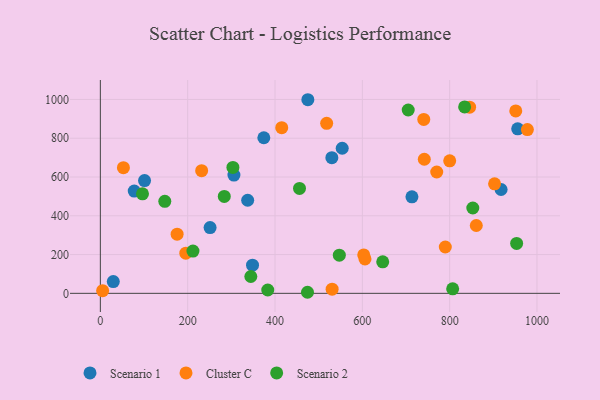
{"axis": {"x": "Engine Size", "y": "Salary"}, "legend": ["Cluster C", "Scenario 1", "Scenario 2"], "data": [{"x": "305.9", "y": 610.0, "type": "Scenario 1"}, {"x": "348.5", "y": 145.5, "type": "Scenario 1"}, {"x": "475.2", "y": 998.6, "type": "Scenario 1"}, {"x": "553.9", "y": 748.2, "type": "Scenario 1"}, {"x": "374.4", "y": 802.4, "type": "Scenario 1"}, {"x": "713.6", "y": 497.6, "type": "Scenario 1"}, {"x": "955.8", "y": 848.7, "type": "Scenario 1"}, {"x": "77.6", "y": 527.5, "type": "Scenario 1"}, {"x": "29.6", "y": 60.7, "type": "Scenario 1"}, {"x": "101.2", "y": 581.5, "type": "Scenario 1"}, {"x": "251.3", "y": 339.3, "type": "Scenario 1"}, {"x": "337.4", "y": 480.2, "type": "Scenario 1"}, {"x": "917.8", "y": 535.6, "type": "Scenario 1"}, {"x": "530.2", "y": 699.6, "type": "Scenario 1"}, {"x": "770.4", "y": 625.8, "type": "Cluster C"}, {"x": "606.1", "y": 177.6, "type": "Cluster C"}, {"x": "902.9", "y": 564.7, "type": "Cluster C"}, {"x": "530.8", "y": 21.5, "type": "Cluster C"}, {"x": "740.7", "y": 897.1, "type": "Cluster C"}, {"x": "5.2", "y": 13.7, "type": "Cluster C"}, {"x": "175.8", "y": 305.2, "type": "Cluster C"}, {"x": "232.0", "y": 632.5, "type": "Cluster C"}, {"x": "415.4", "y": 854.5, "type": "Cluster C"}, {"x": "861.0", "y": 350.0, "type": "Cluster C"}, {"x": "195.7", "y": 207.0, "type": "Cluster C"}, {"x": "790.0", "y": 238.9, "type": "Cluster C"}, {"x": "845.7", "y": 960.1, "type": "Cluster C"}, {"x": "800.1", "y": 683.4, "type": "Cluster C"}, {"x": "951.4", "y": 940.7, "type": "Cluster C"}, {"x": "52.8", "y": 648.2, "type": "Cluster C"}, {"x": "741.9", "y": 691.7, "type": "Cluster C"}, {"x": "603.2", "y": 198.1, "type": "Cluster C"}, {"x": "518.3", "y": 876.8, "type": "Cluster C"}, {"x": "978.0", "y": 844.5, "type": "Cluster C"}, {"x": "705.1", "y": 945.7, "type": "Scenario 2"}, {"x": "344.6", "y": 86.8, "type": "Scenario 2"}, {"x": "456.1", "y": 540.9, "type": "Scenario 2"}, {"x": "212.1", "y": 218.2, "type": "Scenario 2"}, {"x": "474.4", "y": 5.5, "type": "Scenario 2"}, {"x": "147.6", "y": 474.5, "type": "Scenario 2"}, {"x": "646.7", "y": 162.7, "type": "Scenario 2"}, {"x": "853.0", "y": 440.2, "type": "Scenario 2"}, {"x": "96.5", "y": 513.3, "type": "Scenario 2"}, {"x": "283.8", "y": 499.9, "type": "Scenario 2"}, {"x": "547.3", "y": 196.6, "type": "Scenario 2"}, {"x": "834.3", "y": 961.4, "type": "Scenario 2"}, {"x": "303.6", "y": 649.3, "type": "Scenario 2"}, {"x": "806.9", "y": 23.1, "type": "Scenario 2"}, {"x": "383.4", "y": 17.2, "type": "Scenario 2"}, {"x": "953.4", "y": 257.2, "type": "Scenario 2"}]}